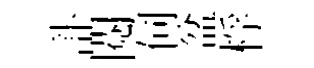
訃閲伺盆桴